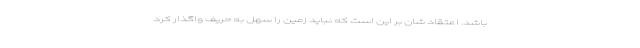
باشد. اعتقاد شان بر این است که نباید زمین را سهل به حریف واگذار کرد